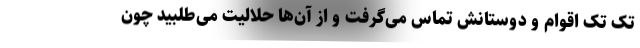
تک تک اقوام و دوستانش تماس می‌گرفت و از آن‌ها حلالیت می‌طلبید چون